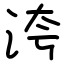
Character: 洿